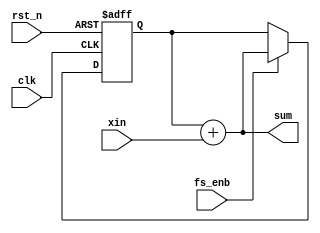
`timescale 1ns / 1ps
//////////////////////////////////////////////////////////////////////////////////
// Company: 
// Engineer: 
// 
// Design Name: 
// Module Name: non_delay_integrator
// Project Name: 
// Target Devices: 
// Tool Versions: 
// Description: 
// 
// Dependencies: 
// 
// Revision:
// Revision 0.01 - File Created
// Additional Comments:
// 
//////////////////////////////////////////////////////////////////////////////////


module non_delay_integrator(
    input clk,
    input rst_n,
    input [35:0] xin,
    output [35:0] sum,
    input fs_enb
    );
    
    reg [35:0] delay;
    //wire [35:0] fs_sum;    
    assign sum = delay + xin;
    
        
    always@(posedge clk, negedge rst_n)
        if(~rst_n)
            delay <= 1'b0;
       else if(fs_enb)
            delay <= sum;
            
endmodule